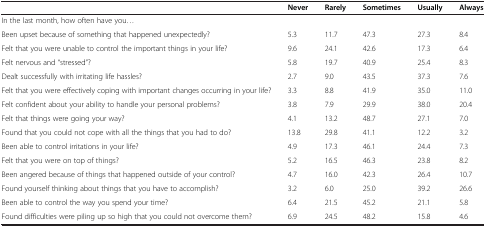
<table><thead><tr><td>[EMPTY_CELL]</td><td><b>Never</b></td><td><b>Rarely</b></td><td><b>Sometimes</b></td><td><b>Usually</b></td><td><b>Always</b></td></tr></thead><tbody><tr><td>In the last month, how often have you...</td><td>[EMPTY_CELL]</td><td>[EMPTY_CELL]</td><td>[EMPTY_CELL]</td><td>[EMPTY_CELL]</td><td>[EMPTY_CELL]</td></tr><tr><td>Been upset because of something that happened unexpectedly?</td><td>5.3</td><td>11.7</td><td>47.3</td><td>27.3</td><td>8.4</td></tr><tr><td>Felt that you were unable to control the important things in your life?</td><td>9.6</td><td>24.1</td><td>42.6</td><td>17.3</td><td>6.4</td></tr><tr><td>Felt nervous and “stressed”?</td><td>5.8</td><td>19.7</td><td>40.9</td><td>25.4</td><td>8.3</td></tr><tr><td>Dealt successfully with irritating life hassles?</td><td>2.7</td><td>9.0</td><td>43.5</td><td>37.3</td><td>7.6</td></tr><tr><td>Felt that you were effectively coping with important changes occurring in your life?</td><td>3.3</td><td>8.8</td><td>41.9</td><td>35.0</td><td>11.0</td></tr><tr><td>Felt confident about your ability to handle your personal problems?</td><td>3.8</td><td>7.9</td><td>29.9</td><td>38.0</td><td>20.4</td></tr><tr><td>Felt that things were going your way?</td><td>4.1</td><td>13.2</td><td>48.7</td><td>27.1</td><td>7.0</td></tr><tr><td>Found that you could not cope with all the things that you had to do?</td><td>13.8</td><td>29.8</td><td>41.1</td><td>12.2</td><td>3.2</td></tr><tr><td>Been able to control irritations in your life?</td><td>4.9</td><td>17.3</td><td>46.1</td><td>24.4</td><td>7.3</td></tr><tr><td>Felt that you were on top of things?</td><td>5.2</td><td>16.5</td><td>46.3</td><td>23.8</td><td>8.2</td></tr><tr><td>Been angered because of things that happened outside of your control?</td><td>4.7</td><td>16.0</td><td>42.3</td><td>26.4</td><td>10.7</td></tr><tr><td>Found yourself thinking about things that you have to accomplish?</td><td>3.2</td><td>6.0</td><td>25.0</td><td>39.2</td><td>26.6</td></tr><tr><td>Been able to control the way you spend your time?</td><td>6.4</td><td>21.5</td><td>45.2</td><td>21.1</td><td>5.8</td></tr><tr><td>Found difficulties were piling up so high that you could not overcome them?</td><td>6.9</td><td>24.5</td><td>48.2</td><td>15.8</td><td>4.6</td></tr></tbody></table>